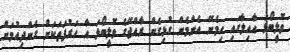
ވޮލީބޯޅަ އާއިލާގައި ހިމެނޭ އެންމެން ގުޅިގެން ރާއްޖޭގެ ވޮލީބޯޅަ އާ ހަރުފަތަކަށް ގެންދިއުމަށް